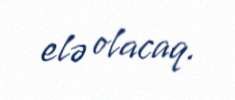
elə olacaq.